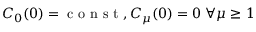
C _ { 0 } ( 0 ) = \mathrm { ~ c ~ o ~ n ~ s ~ t ~ } , C _ { \mu } ( 0 ) = 0 \ \forall \mu \geq 1